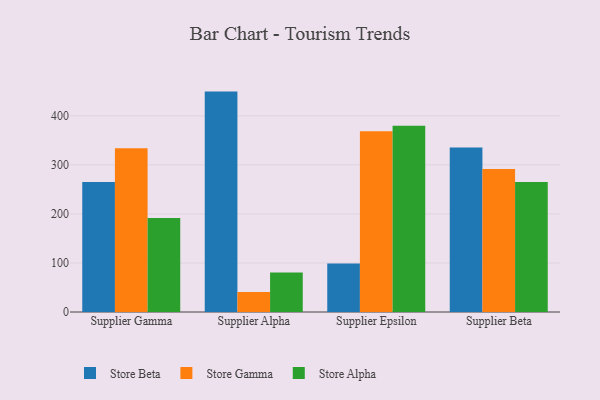
{"axis": {"x": "Supplier", "y": "Website Visitors"}, "legend": ["Store Alpha", "Store Beta", "Store Gamma"], "data": [{"x": "Supplier Gamma", "y": 265.3, "type": "Store Beta"}, {"x": "Supplier Gamma", "y": 333.8, "type": "Store Gamma"}, {"x": "Supplier Gamma", "y": 191.9, "type": "Store Alpha"}, {"x": "Supplier Alpha", "y": 449.5, "type": "Store Beta"}, {"x": "Supplier Alpha", "y": 40.8, "type": "Store Gamma"}, {"x": "Supplier Alpha", "y": 80.8, "type": "Store Alpha"}, {"x": "Supplier Epsilon", "y": 99.0, "type": "Store Beta"}, {"x": "Supplier Epsilon", "y": 368.8, "type": "Store Gamma"}, {"x": "Supplier Epsilon", "y": 380.1, "type": "Store Alpha"}, {"x": "Supplier Beta", "y": 335.7, "type": "Store Beta"}, {"x": "Supplier Beta", "y": 291.5, "type": "Store Gamma"}, {"x": "Supplier Beta", "y": 265.2, "type": "Store Alpha"}]}